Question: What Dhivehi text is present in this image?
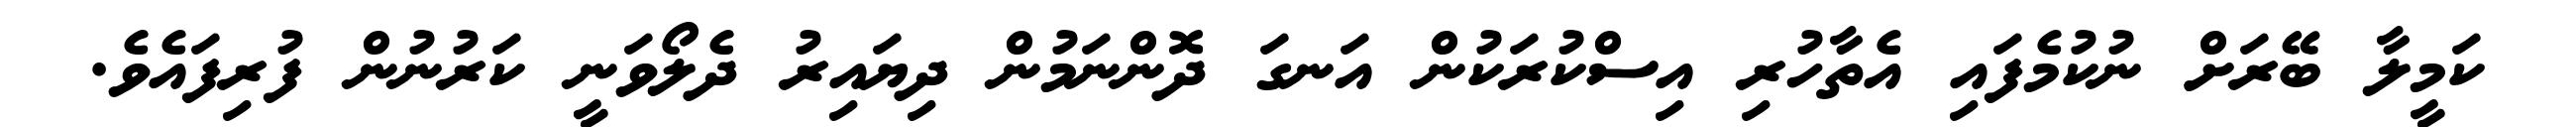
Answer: ކަމީލާ ބޭރަށް ނުކުމެފައި އެތާހުރި އިސްކުރަކުން އަނގަ ދޮންނަމުން ދިޔައިރު ދެލޯވަނީ ކަރުނުން ފުރިފައެވެ.